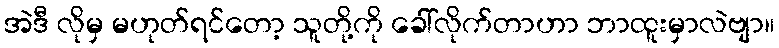
အဲဒီ လိုမှ မဟုတ်ရင်တော့ သူတို့ကို ခေါ်လိုက်တာဟာ ဘာထူးမှာလဲဗျာ။